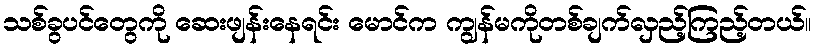
သစ်ခွပင်တွေကို ဆေးဖျန်းနေရင်း မောင်က ကျွန်မကိုတစ်ချက်လှည့်ကြည့်တယ်။